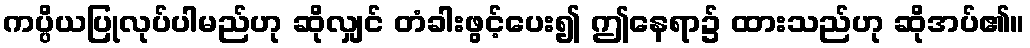
ကပ္ပိယပြုလုပ်ပါမည်ဟု ဆိုလျှင် တံခါးဖွင့်ပေး၍ ဤနေရာ၌ ထားသည်ဟု ဆိုအပ်၏။